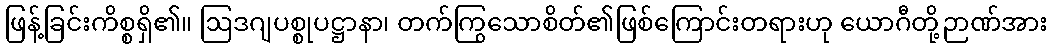
ဖြန့်ခြင်းကိစ္စရှိ၏။ ဩဒဂျပစ္စုပဋ္ဌာနာ၊ တက်ကြွသောစိတ်၏ဖြစ်ကြောင်းတရားဟု ယောဂီတို့ဉာဏ်အား